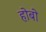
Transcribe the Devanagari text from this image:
होबो